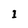
Character: I